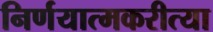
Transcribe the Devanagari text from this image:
निर्णयात्मकरीत्या